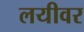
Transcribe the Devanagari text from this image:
लयीवर